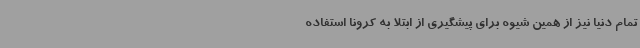
تمام دنیا نیز از همین شیوه برای پیشگیری از ابتلا به کرونا استفاده